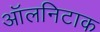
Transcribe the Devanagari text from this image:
ऑलनिटाक